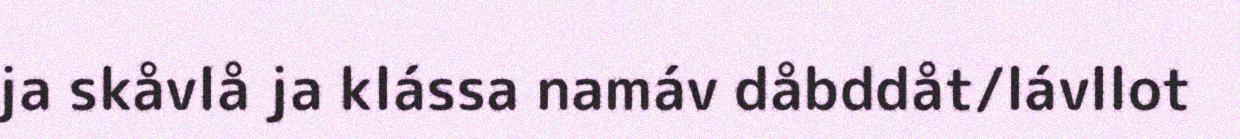
ja skåvlå ja klássa namáv dåbddåt/lávllot